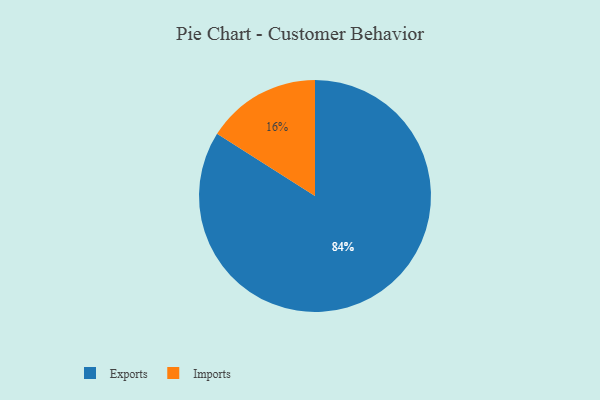
{"axis": {"x": "Category", "y": "Percentage"}, "legend": ["Exports", "Imports"], "data": [{"x": "Imports", "y": 16, "type": "Imports"}, {"x": "Exports", "y": 84, "type": "Exports"}]}